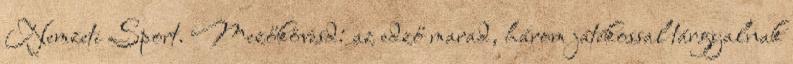
Nemzeti Sport. Mezőkövesd: az edző marad, három játékossal tárgyalnak